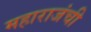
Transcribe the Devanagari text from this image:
महाराजंची